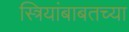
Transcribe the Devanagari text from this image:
स्त्रियांबाबतच्या